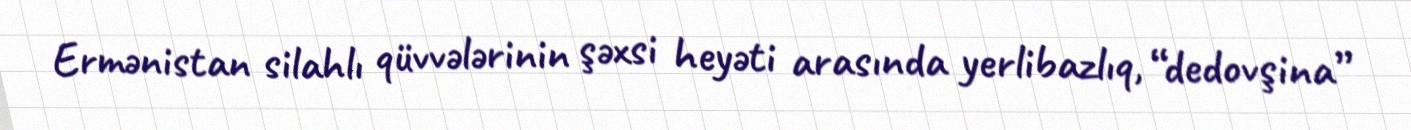
Ermənistan silahlı qüvvələrinin şəxsi heyəti arasında yerlibazlıq, “dedovşina”